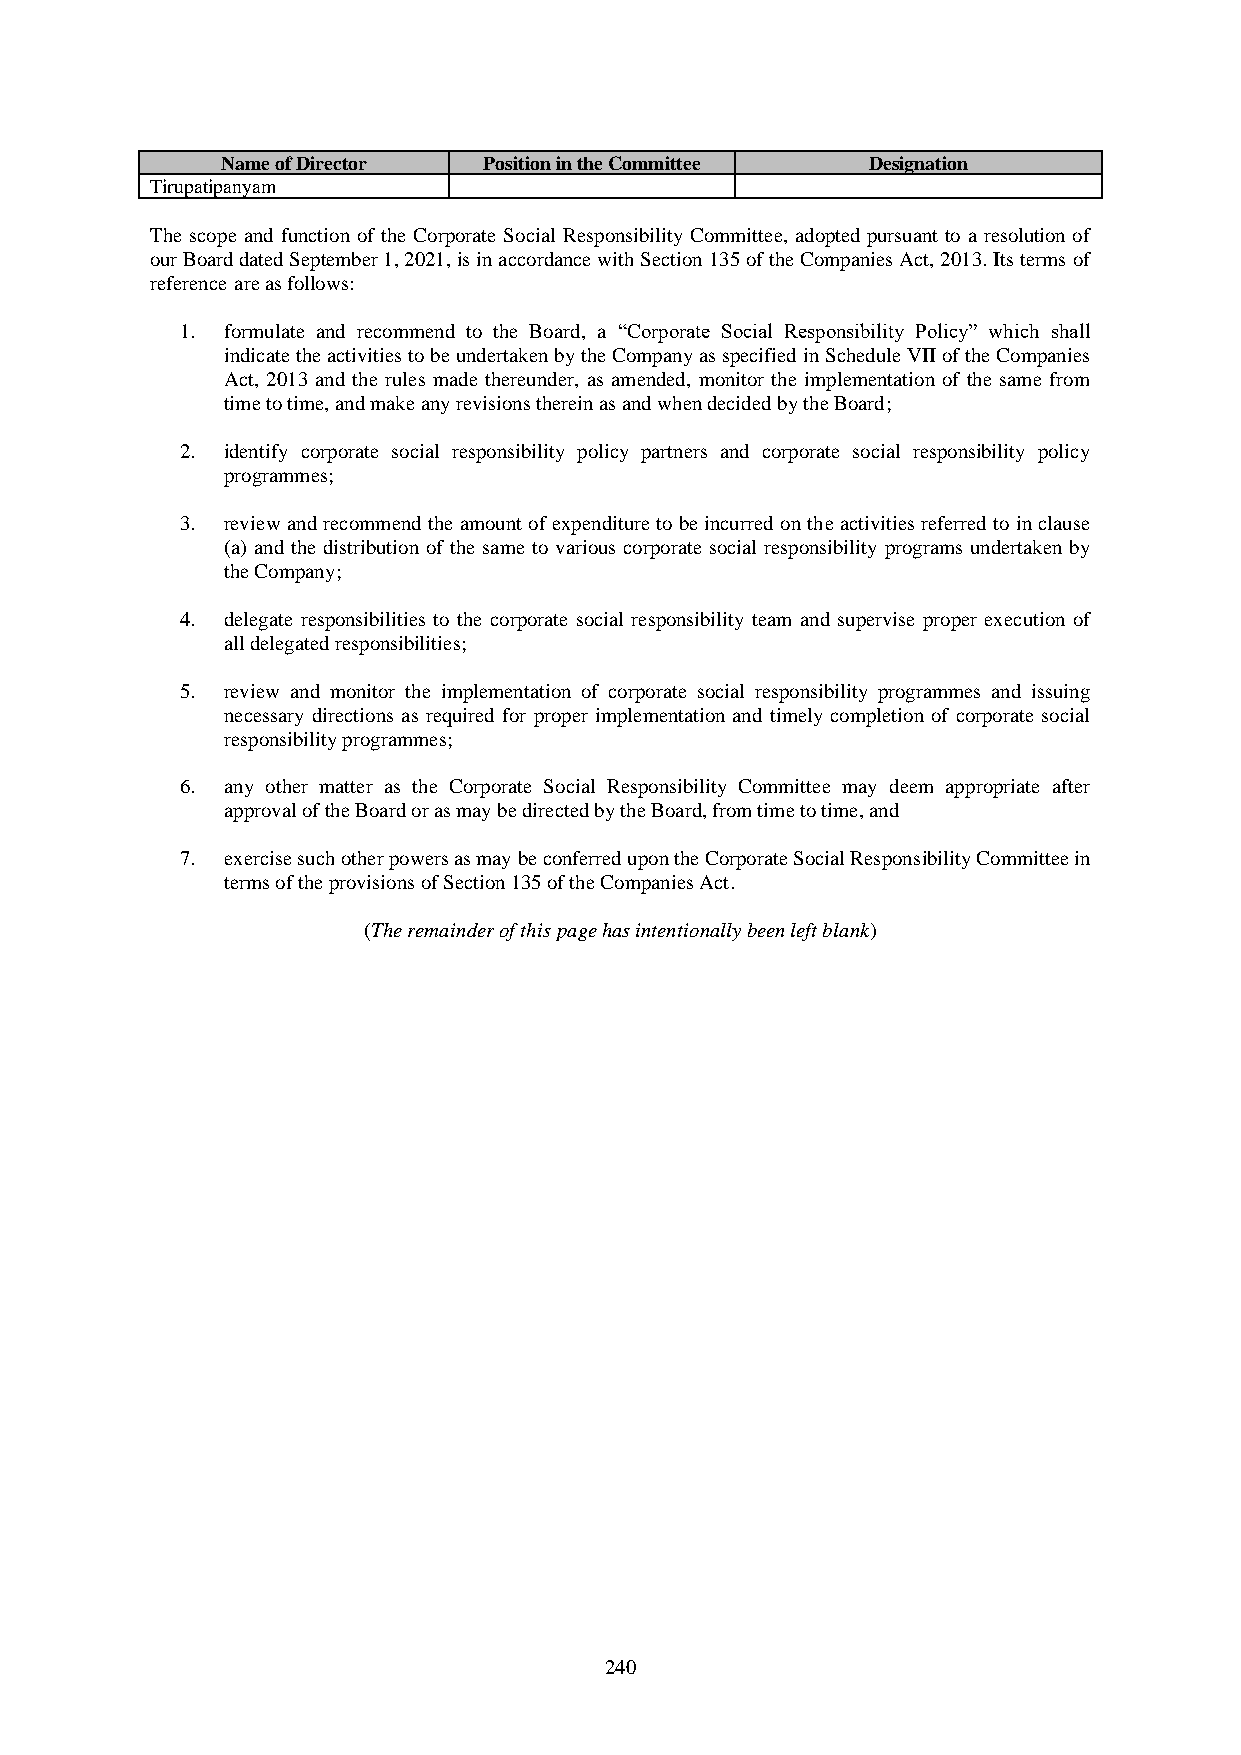
Name of Director Position in the Committee Designation
 Tirupatipanyam
 The scope and function of the Corporate Social Responsibility Committee, adopted pursuant to a resolution of
 our Board dated September 1, 2021, is in accordance with Section 135 of the Companies Act, 2013. Its terms of
 reference are as follows:
 1. formulate and recommend to the Board, a “Corporate Social Responsibility Policy” which shall
 indicate the activities to be undertaken by the Company as specified in Schedule VII of the Companies
 Act, 2013 and the rules made thereunder, as amended, monitor the implementation of the same from
 time to time, and make any revisions therein as and when decided by the Board;
 2. identify corporate social responsibility policy partners and corporate social responsibility policy
 programmes;
 3. review and recommend the amount of expenditure to be incurred on the activities referred to in clause
 (a) and the distribution of the same to various corporate social responsibility programs undertaken by
 the Company;
 4. delegate responsibilities to the corporate social responsibility team and supervise proper execution of
 all delegated responsibilities;
 5. review and monitor the implementation of corporate social responsibility programmes and issuing
 necessary directions as required for proper implementation and timely completion of corporate social
 responsibility programmes;
 6. any other matter as the Corporate Social Responsibility Committee may deem appropriate after
 approval of the Board or as may be directed by the Board, from time to time, and
 7. exercise such other powers as may be conferred upon the Corporate Social Responsibility Committee in
 terms of the provisions of Section 135 of the Companies Act.
 (The remainder of this page has intentionally been left blank)
 240